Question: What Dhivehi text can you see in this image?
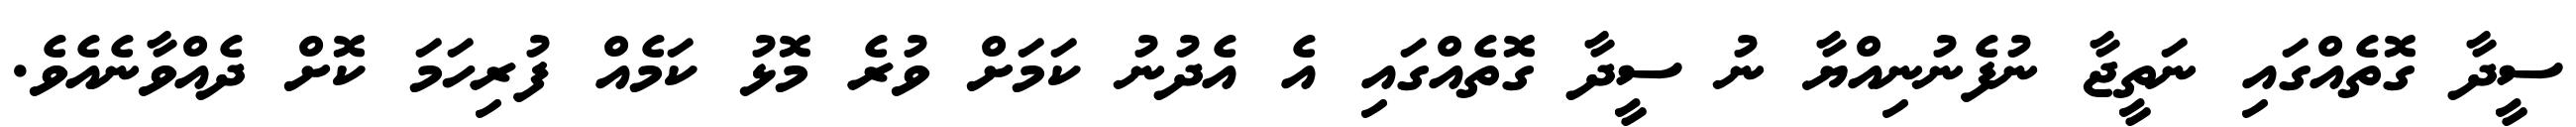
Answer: ސީދާ ގޮތެއްގައި ނަތީޖާ ނުފެނުނިއްޔާ ނު ސީދާ ގޮތެއްގައި އެ އެދުނު ކަމަށް ވުރެ މޮޅު ކަމެއް ފުރިހަމަ ކޮށް ދެއްވާނެއެވެ.